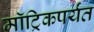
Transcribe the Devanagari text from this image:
मॉट्रिकपर्यंत